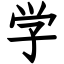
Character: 学